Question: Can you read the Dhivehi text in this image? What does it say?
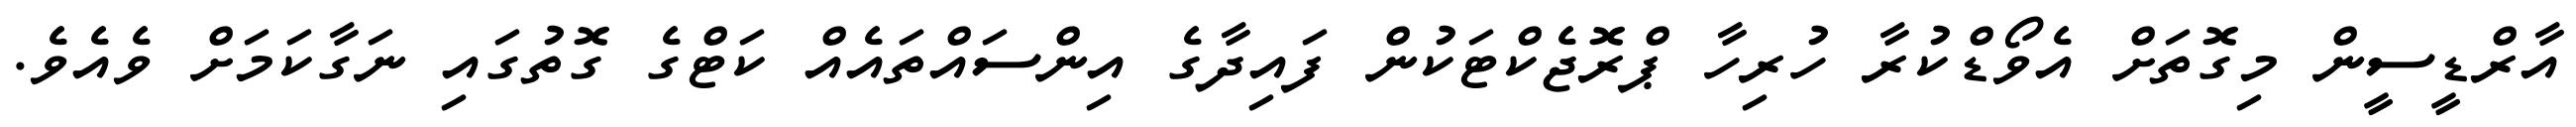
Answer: އާރްޑީސީން މިގޮތަށް އެވޯޑްކުރާ ހުރިހާ ޕްރޮޖެކްޓަކުން ފައިދާގެ އިންސައްތައެއް ކަޓްގެ ގޮތުގައި ނަގާކަމަށް ވެއެވެ.